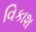
વિકાશ